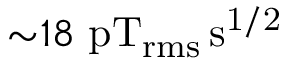
{ \sim } 1 8 ~ \mathrm { p T _ { r m s } \, s ^ { 1 / 2 } }